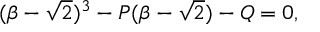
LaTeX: ( \beta - \sqrt { 2 } ) ^ { 3 } - P ( \beta - \sqrt { 2 } ) - Q = 0 ,